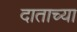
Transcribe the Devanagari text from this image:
दाताच्या